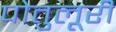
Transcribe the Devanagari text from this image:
पोतुलूरी